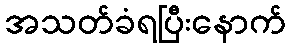
အသတ်ခံရပြီးနောက်